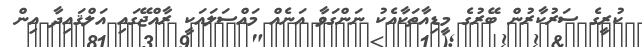
ކުރީގެ ސަރުކާރުން ބޭރުގެ މީޑިއާތަކާއެކު ނަންގަވާ އަނެއް މައްސަލައަކީ ރާއްޖޭގައި އަލްޤައިދާ އިން